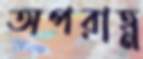
অপরাহ্ণ